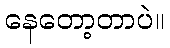
နေတော့တာပဲ။